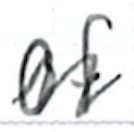
Text: of
Cross-out: zig-zag
Writing tool: ballpoint